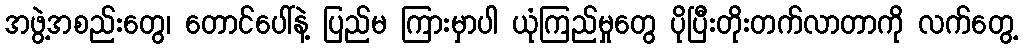
အဖွဲ့အစည်းတွေ၊ တောင်ပေါ်နဲ့ ပြည်မ ကြားမှာပါ ယုံကြည်မှုတွေ ပိုပြီးတိုးတက်လာတာကို လက်တွေ့